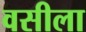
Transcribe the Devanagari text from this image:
वसीला